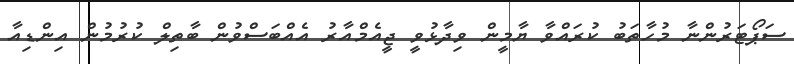
ސަޕޯޓަރުންނާ މުހާތަބު ކުރައްވާ ޔާމީން ވިދާޅުވީ ޖީއެމްއާރު އެއްބަސްވުން ބާތިލް ކުރުމުން އިންޑިއާ